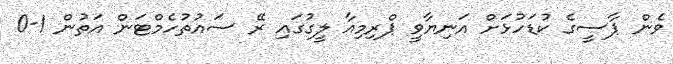
ވެން ޕާސީގެ ކުޑަހުޅަށް އަނިޔާވީ ޕްރިމިއާ ލީގުގައި ރޭ ސައުތުހެމްޓަން އަތުން 1-0